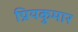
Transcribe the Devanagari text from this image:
प्रियकुमार